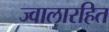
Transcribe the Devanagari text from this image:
ज्वालारहित